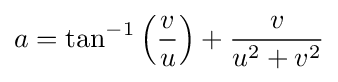
a=\tan ^{-1}\left({\frac {v}{u}}\right)+{\frac {v}{u^{2}+v^{2}}}